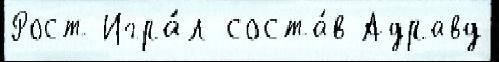
Рост Игра́л соста́в Адравд